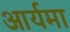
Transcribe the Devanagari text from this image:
आर्यमा